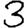
Digit: 3